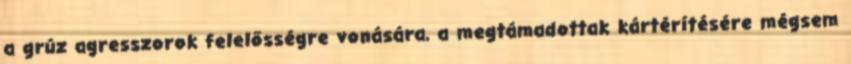
a grúz agresszorok felelősségre vonására, a megtámadottak kártérítésére mégsem